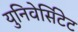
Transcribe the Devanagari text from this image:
युनिवेर्सिटेट